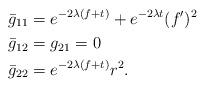
LaTeX: \begin{align*}\bar{g}_{11}&= e^{-2\lambda (f+t)}+ e^{-2\lambda t} (f')^2\\\bar{g}_{12}&= g_{21}=0\\\bar{g}_{22}&= e^{-2\lambda (f+t)}r^2.\end{align*}